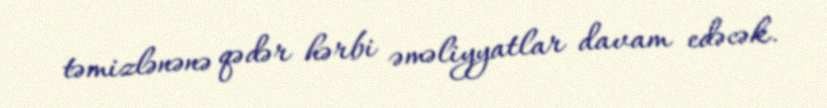
təmizlənənə qədər hərbi əməliyyatlar davam edəcək.